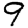
Digit: 9